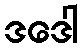
ဒဒေါ